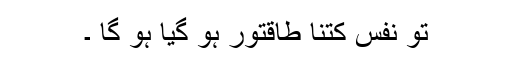
تو نفس کتنا طاقتور ہو گیا ہو گا ۔